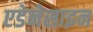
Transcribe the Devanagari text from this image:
एडेनेसाइन